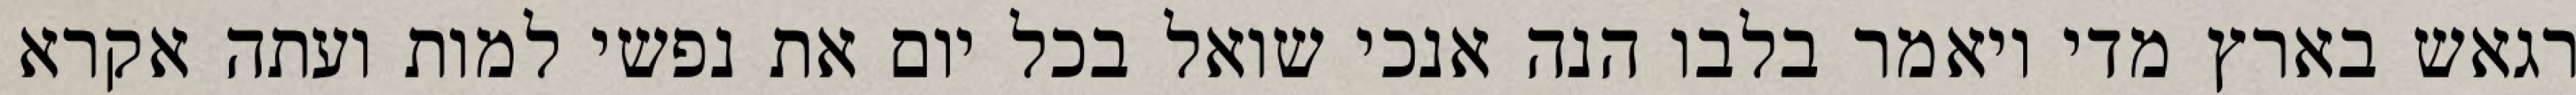
רגאש בארץ מדי ויאמר בלבו הנה אנכי שואל בכל יום את נפשי למות ועתה אקרא